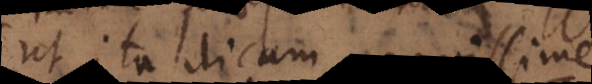
ut ita dicam aequissime